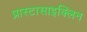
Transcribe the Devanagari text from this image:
प्रास्टासाइक्लिन